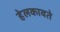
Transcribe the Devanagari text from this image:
हेलकावते